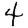
Digit: 4